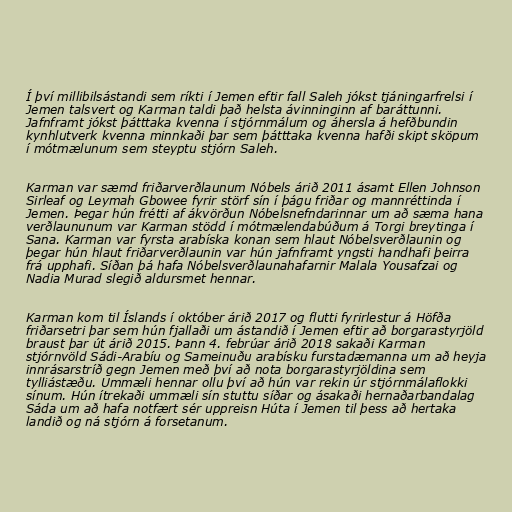
Í því millibilsástandi sem ríkti í Jemen eftir fall Saleh jókst tjáningarfrelsi í
Jemen talsvert og Karman taldi það helsta ávinninginn af baráttunni.
Jafnframt jókst þátttaka kvenna í stjórnmálum og áhersla á hefðbundin
kynhlutverk kvenna minnkaði þar sem þátttaka kvenna hafði skipt sköpum
í mótmælunum sem steyptu stjórn Saleh.

Karman var sæmd friðarverðlaunum Nóbels árið 2011 ásamt Ellen Johnson
Sirleaf og Leymah Gbowee fyrir störf sín í þágu friðar og mannréttinda í
Jemen. Þegar hún frétti af ákvörðun Nóbelsnefndarinnar um að sæma hana
verðlaununum var Karman stödd í mótmælendabúðum á Torgi breytinga í
Sana. Karman var fyrsta arabíska konan sem hlaut Nóbelsverðlaunin og
þegar hún hlaut friðarverðlaunin var hún jafnframt yngsti handhafi þeirra
frá upphafi. Síðan þá hafa Nóbelsverðlaunahafarnir Malala Yousafzai og
Nadia Murad slegið aldursmet hennar.

Karman kom til Íslands í október árið 2017 og flutti fyrirlestur á Höfða
friðarsetri þar sem hún fjallaði um ástandið í Jemen eftir að borgarastyrjöld
braust þar út árið 2015. Þann 4. febrúar árið 2018 sakaði Karman
stjórnvöld Sádi-Arabíu og Sameinuðu arabísku furstadæmanna um að heyja
innrásarstríð gegn Jemen með því að nota borgarastyrjöldina sem
tylliástæðu. Ummæli hennar ollu því að hún var rekin úr stjórnmálaflokki
sínum. Hún ítrekaði ummæli sín stuttu síðar og ásakaði hernaðarbandalag
Sáda um að hafa notfært sér uppreisn Húta í Jemen til þess að hertaka
landið og ná stjórn á forsetanum.